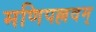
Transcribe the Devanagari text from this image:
मणिपल्लवम्